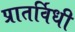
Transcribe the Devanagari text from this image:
प्रातर्विधी